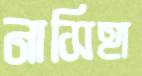
নাসিহা